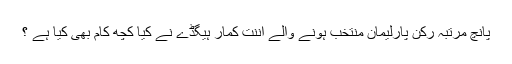
پانچ مرتبہ رکن پارلیمان منتخب ہونے والے اننت کمار ہیگڈے نے کیا کچھ کام بھی کیا ہے ؟